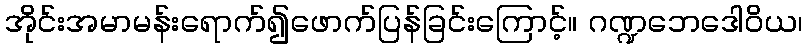
အိုင်းအမာမန်းရောက်၍ဖောက်ပြန်ခြင်းကြောင့်။ ဂဏ္ဍဘေဒေါဝိယ၊